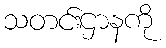
သတင်းဌာနကို